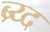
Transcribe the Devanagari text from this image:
ब्र्य्द